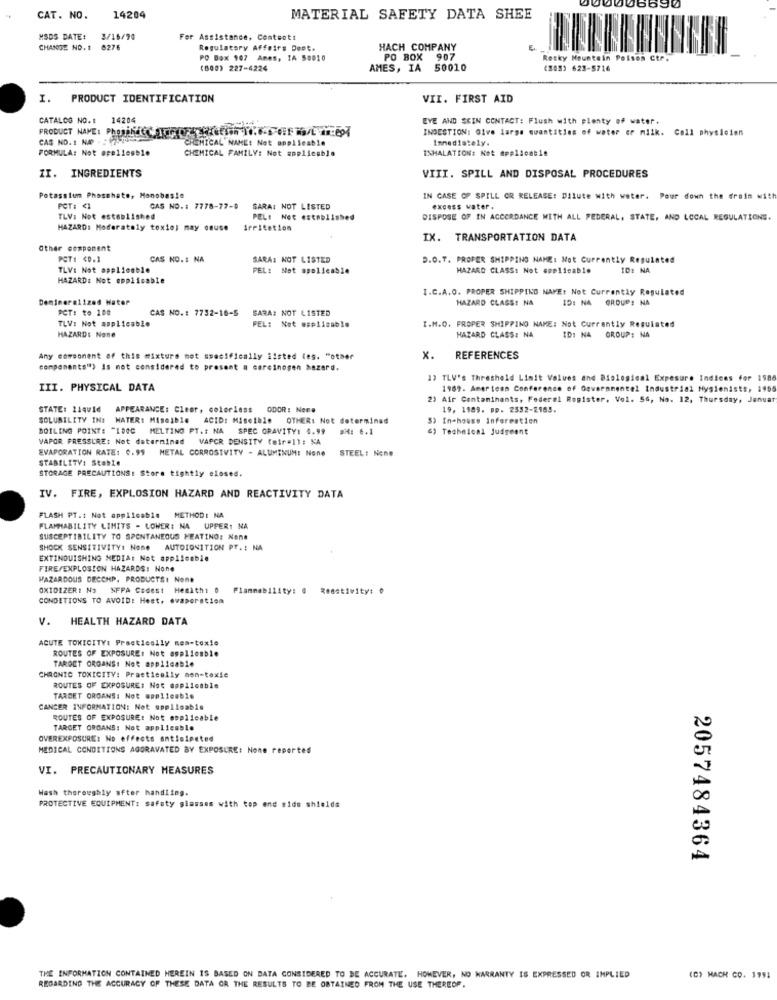
1690
CAT. NO.
14204
MATERIAL SAFETY DATA SHEE
MSDS DATE:
3/16/90
Fer Assistance, Conteott
CHANGE NO. 1 6276
Regulatory Affairs Dopt.
HACH COMPANY
PO Box 107 Ames, IA 50010
PO BOX 907
Rocky Mountain Poison Ctr.
(600) 227-4224
AMES, IA 50010
(808) 623-5716
I.
PRODUCT IDENTIFICATION
VII. FIRST AID
CATALOG NO.1 14204
14204
EYE AND SKIN CONTACT: Flush with plenty of water.
PRODUCT NAME: Phosphate Fresh 1.6-4-F/6
INGESTION: Give large quantities of water er milk. Coll physician
CAS NO. 1 NA . : 12-14
CHEMICAL NAME: Not applicable
Immediately.
FORMULA: Not opellesble
CHEMICAL FAMILY: Not applicable
INHALATION: Not Applicable
II. INGREDIENTS
VIII. SPILL AND DISPOSAL PROCEDURES
Potassium Phosphate, Monobas!e
IN CASE OF SPILL OR RELEASE: Dilute with water. Pour down the drain with
PCT: ¢
CAS NO .: 7778-77-0 SARA: NOT LISTED
excess water.
TLV: Not established
PEL: Not established
DISPOSE OF IN ACCORDANCE WITH ALL FEDERAL, STATE, AND LOCAL REGULATIONS.
HAZARD: Moderately toxie; may onuse irritation
IX. TRANSPORTATION DATA
Other component
POT1 <0.1
CAS NO.1 NA
SARA: NOT LISTED
D.O.T. PROPER SHIPPING NAME: Not Currently Regulated
TLV: Not applicable
PEL: Not apelleable
HAZARD CLASS: Not applicable
ID: NA
HAZARD: Not applicable
I.C.A.O. PROPER SHIPPING NAME: Not Currently Regulated
Demineralized Hater
HAZARD CLASS: NA
ID: NA GROUP: NA
PCT: to 100
CAS NO .: 7732-10-5 SARA: NOT LISTED
TLV: Not applicable
PEL: Not applicable
I.M.O. FROPER SHIPPING NAME: Not Currently Regulated
HAZARD: None
HAZARD CLASS: NA
ID: NA GROUP: NA
Any corsoment of this mixture mot specifically ilsted tes. "other
x.
REFERENCES
components") Is not considered to present a carcinogen hazard.
13 TLV's Threshold Limit Values and Biological Exposure Indices for 1586
III. PHYSICAL DATA
1969. American Conference of Governmentel Industrial Hygienists, 1965
2) Air Contaminants, Federal Register, Vol. 5G, No. 12, Thursday, Januar
STATE: liquid
APPEARANCE: Clear, colorless ODOR: Nome
19, 1989. pp. 2532-2185.
SOLUBILITY IN: WATER: MiseAble
ACID: Miseible
OTHER: Not determined
5) In-house information
BOILING POINT: "1DOC MELTING PT .: NA SPEC GRAVITY: 4.99
PH: 6.1
") Technical Judgeant
VAPOR FRESSLRE: Not determinad
VAPOR DENSITY (elr=1): NA
EVAPORATION RATE: 0.99 METAL CORROSIVITY - ALUMINUME None
STEEL: None
STABILITY: Stable
STORAGE PRECAUTIONS: Store tightly closed.
IV. FIRE, EXPLOSION HAZARD AND REACTIVITY DATA
FLASH PT.1 Not applicable METHOD: NA
FLAMMABILITY LIMITS - LOWER: NA UPPER: NA
SUSCEPTIBILITY TO SPONTANEOUS HEATING: None
SHOCK SENSITIVITY: Nome AUTOIGNITION PT .: NA
EXTINGUISHING MEDIAT Not applicable
FIRE/EXPLOSION HAZARDS: None
HAZARDOUS DECCHP. PRODUCTS: None
OXIDIZER: No NFPA Codest Hemith: 0 Flammability: @ Reactivity: @
CONDITIONS TO AVOID: Heet. evaporation
V.
HEALTH HAZARD DATA
ACUTE TOXICITY: Practically mem-texte
ROUTES OF EXPOSURE: Not applicable
TARGET ORGANS: Not applicable
CHRONIC TOXICITY: Practically mon-toxie
ROUTES OF EXPOSURE: Not applicable
TARDET ORGANS: Not applicable
CANCER INFORMATION: Not applicable
ROUTES OF EXPOSURE: Not opplleable
TARGET ORGANS: Not applicable
OVEREXPOSURE: No effects anticipated
MEDICAL CONDITIONS AGGRAVATED BY EXPOSURE: None reportes
VI. PRECAUTIONARY MEASURES
Wash thoroughly after handling.
PROTECTIVE EQUIPMENT: safety glasses with top end tide shields
2057484364
THE INFORMATION CONTAINED HEREIN IS BASED ON BATA CONSIDERED TO BE ACCURATE. HOWEVER, NO WARRANTY IS EXPRESSED OR IMPLIED
(C) MACH CO. 1991
REGARDING THE ACCURACY OF THESE DATA OR THE RESULTS TO BE OBTAINED FROM THE USE THEREOF.